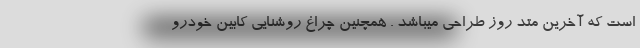
است که آخرین متد روز طراحی میباشد . همچنین چراغ روشنایی کابین خودرو